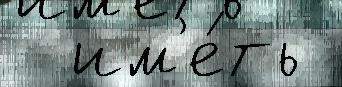
  им'е́ть